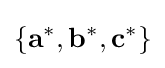
\{{\bf {a}}^{*},{\bf {b}}^{*},{\bf {c}}^{*}\}